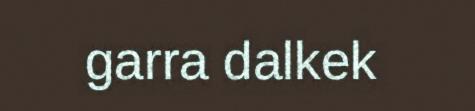
garra dalkek